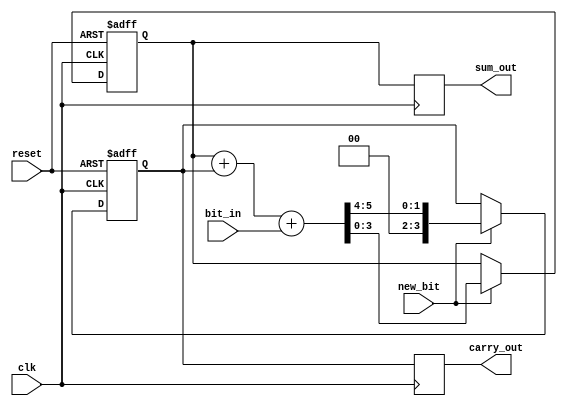
module CarrySaveAdder (
    input wire clk,            // Clock signal
    input wire reset,          // Asynchronous reset signal
    input wire new_bit,        // Control signal indicating a new bit is available
    input wire bit_in,         // Serial input bit
    output reg [3:0] sum_out,  // Sum output
    output reg [3:0] carry_out  // Carry output
);

    // Internal registers to hold the current sum and carry values
    reg [3:0] sum_reg;
    reg [3:0] carry_reg;

    // Asynchronous reset and input handling
    always @(posedge clk or posedge reset) begin
        if (reset) begin
            sum_reg <= 4'b0000;
            carry_reg <= 4'b0000;
        end else if (new_bit) begin
            // Update sum and carry based on the current input
            {carry_reg, sum_reg} <= {1'b0, sum_reg} + {1'b0, carry_reg} + {3'b000, bit_in};
            // The carry is saved for the next cycle, and the sum is updated
        end
    end

    // Output assignments
    always @(posedge clk) begin
        sum_out <= sum_reg;
        carry_out <= carry_reg;
    end

endmodule